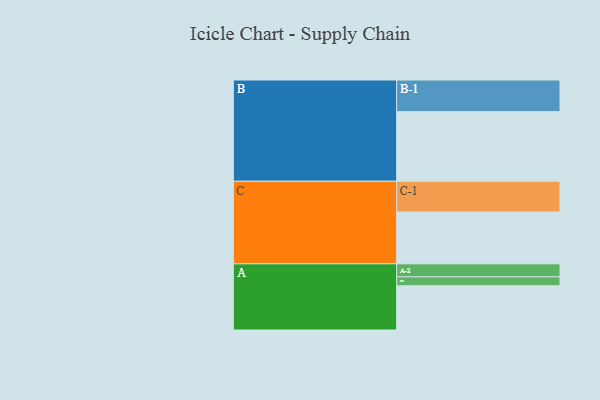
{"axis": {"x": "Segment", "y": "Value"}, "legend": ["", "A", "B", "C"], "data": [{"x": "A", "y": 373, "type": ""}, {"x": "B", "y": 587, "type": ""}, {"x": "C", "y": 437, "type": ""}, {"x": "A-1", "y": 75, "type": "A"}, {"x": "A-2", "y": 110, "type": "A"}, {"x": "B-1", "y": 267, "type": "B"}, {"x": "C-1", "y": 259, "type": "C"}]}